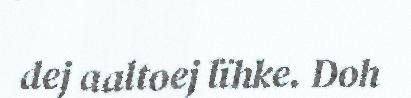
dej aaltoej lïhke. Doh